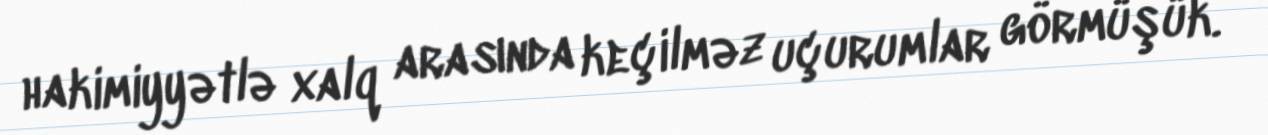
hakimiyyətlə xalq arasında keçilməz uçurumlar görmüşük.